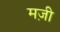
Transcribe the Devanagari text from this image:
मज़ी